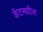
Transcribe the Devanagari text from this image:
केंटमधील